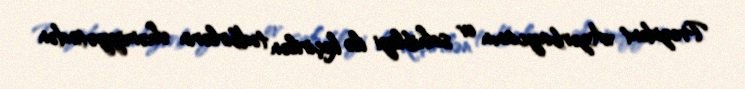
Prezident Azərbaycanın ev sahibliyi ilə keçirilən tədbirlərin əhəmiyyətindən